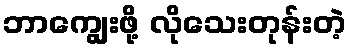
ဘာကျွေးဖို့ လိုသေးတုန်းတဲ့